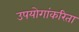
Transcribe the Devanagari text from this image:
उपयोगांकरिता